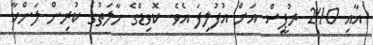
އާއި 240 ރުޕީސް އަށް އުފުލިފަ އެވެ. ކޮވިޑްގެ ހާލަތުގެ ކުރިން ލަންކާ